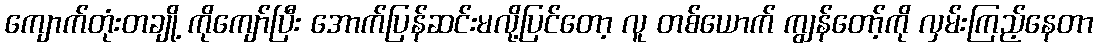
ကျောက်တုံးတချို့ ကိုကျော်ပြီး အောက်ပြန်ဆင်းမလို့ပြင်တော့ လူ တစ်ယောက် ကျွန်တော့်ကို လှမ်းကြည့်နေတာ